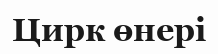
Цирк өнері